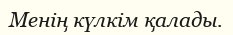
Менің күлкім қалады.